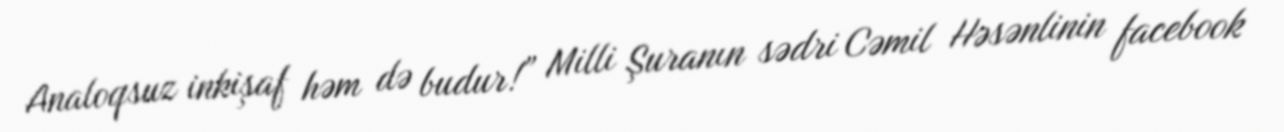
Analoqsuz inkişaf həm də budur!” Milli Şuranın sədri Cəmil Həsənlinin facebook